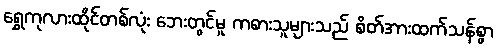
ရွှေကုလားထိုင်တစ်လုံး ဘေးတွင်မူ ကစားသူများသည် စိတ်အားထက်သန်စွာ